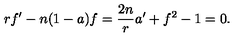
r f ^ { \prime } - n ( 1 - a ) f = \frac { 2 n } { r } a ^ { \prime } + f ^ { 2 } - 1 = 0 .